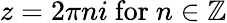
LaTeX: z=2\pi ni{\mathrm{~for~}}n\in\mathbb{Z}